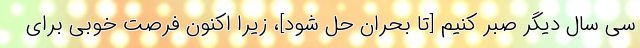
سی سال دیگر صبر کنیم [تا بحران حل شود]، زیرا اکنون فرصت خوبی برای